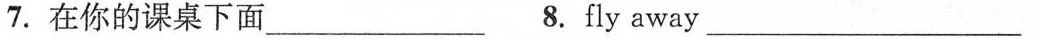
7.在你的课桌下面___ 8. Fly away___